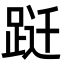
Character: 跹